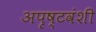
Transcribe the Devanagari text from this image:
अपृष्टवंशी